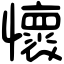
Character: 懷